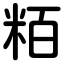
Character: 粨